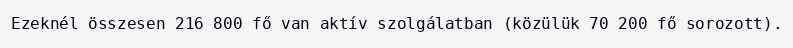
Ezeknél összesen 216 800 fő van aktív szolgálatban (közülük 70 200 fő sorozott).